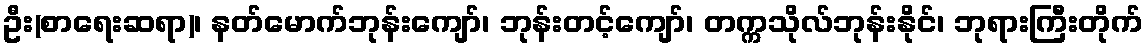
ဦး(စာရေးဆရာ)၊ နတ်မောက်ဘုန်းကျော်၊ ဘုန်းတင့်ကျော်၊ တက္ကသိုလ်ဘုန်းနိုင်၊ ဘုရားကြီးတိုက်